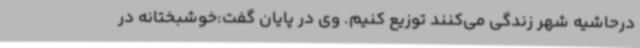
درحاشیه شهر زندگی می‌کنند توزیع کنیم. وی در پایان گفت:خوشبختانه در